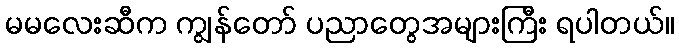
မမလေးဆီက ကျွန်တော် ပညာတွေအများကြီး ရပါတယ်။